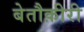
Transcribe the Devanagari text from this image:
बेतौक़ीरी